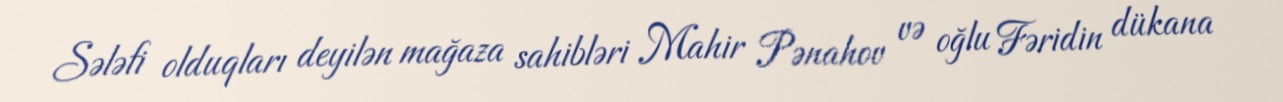
Sələfi olduqları deyilən mağaza sahibləri Mahir Pənahov və oğlu Fəridin dükana